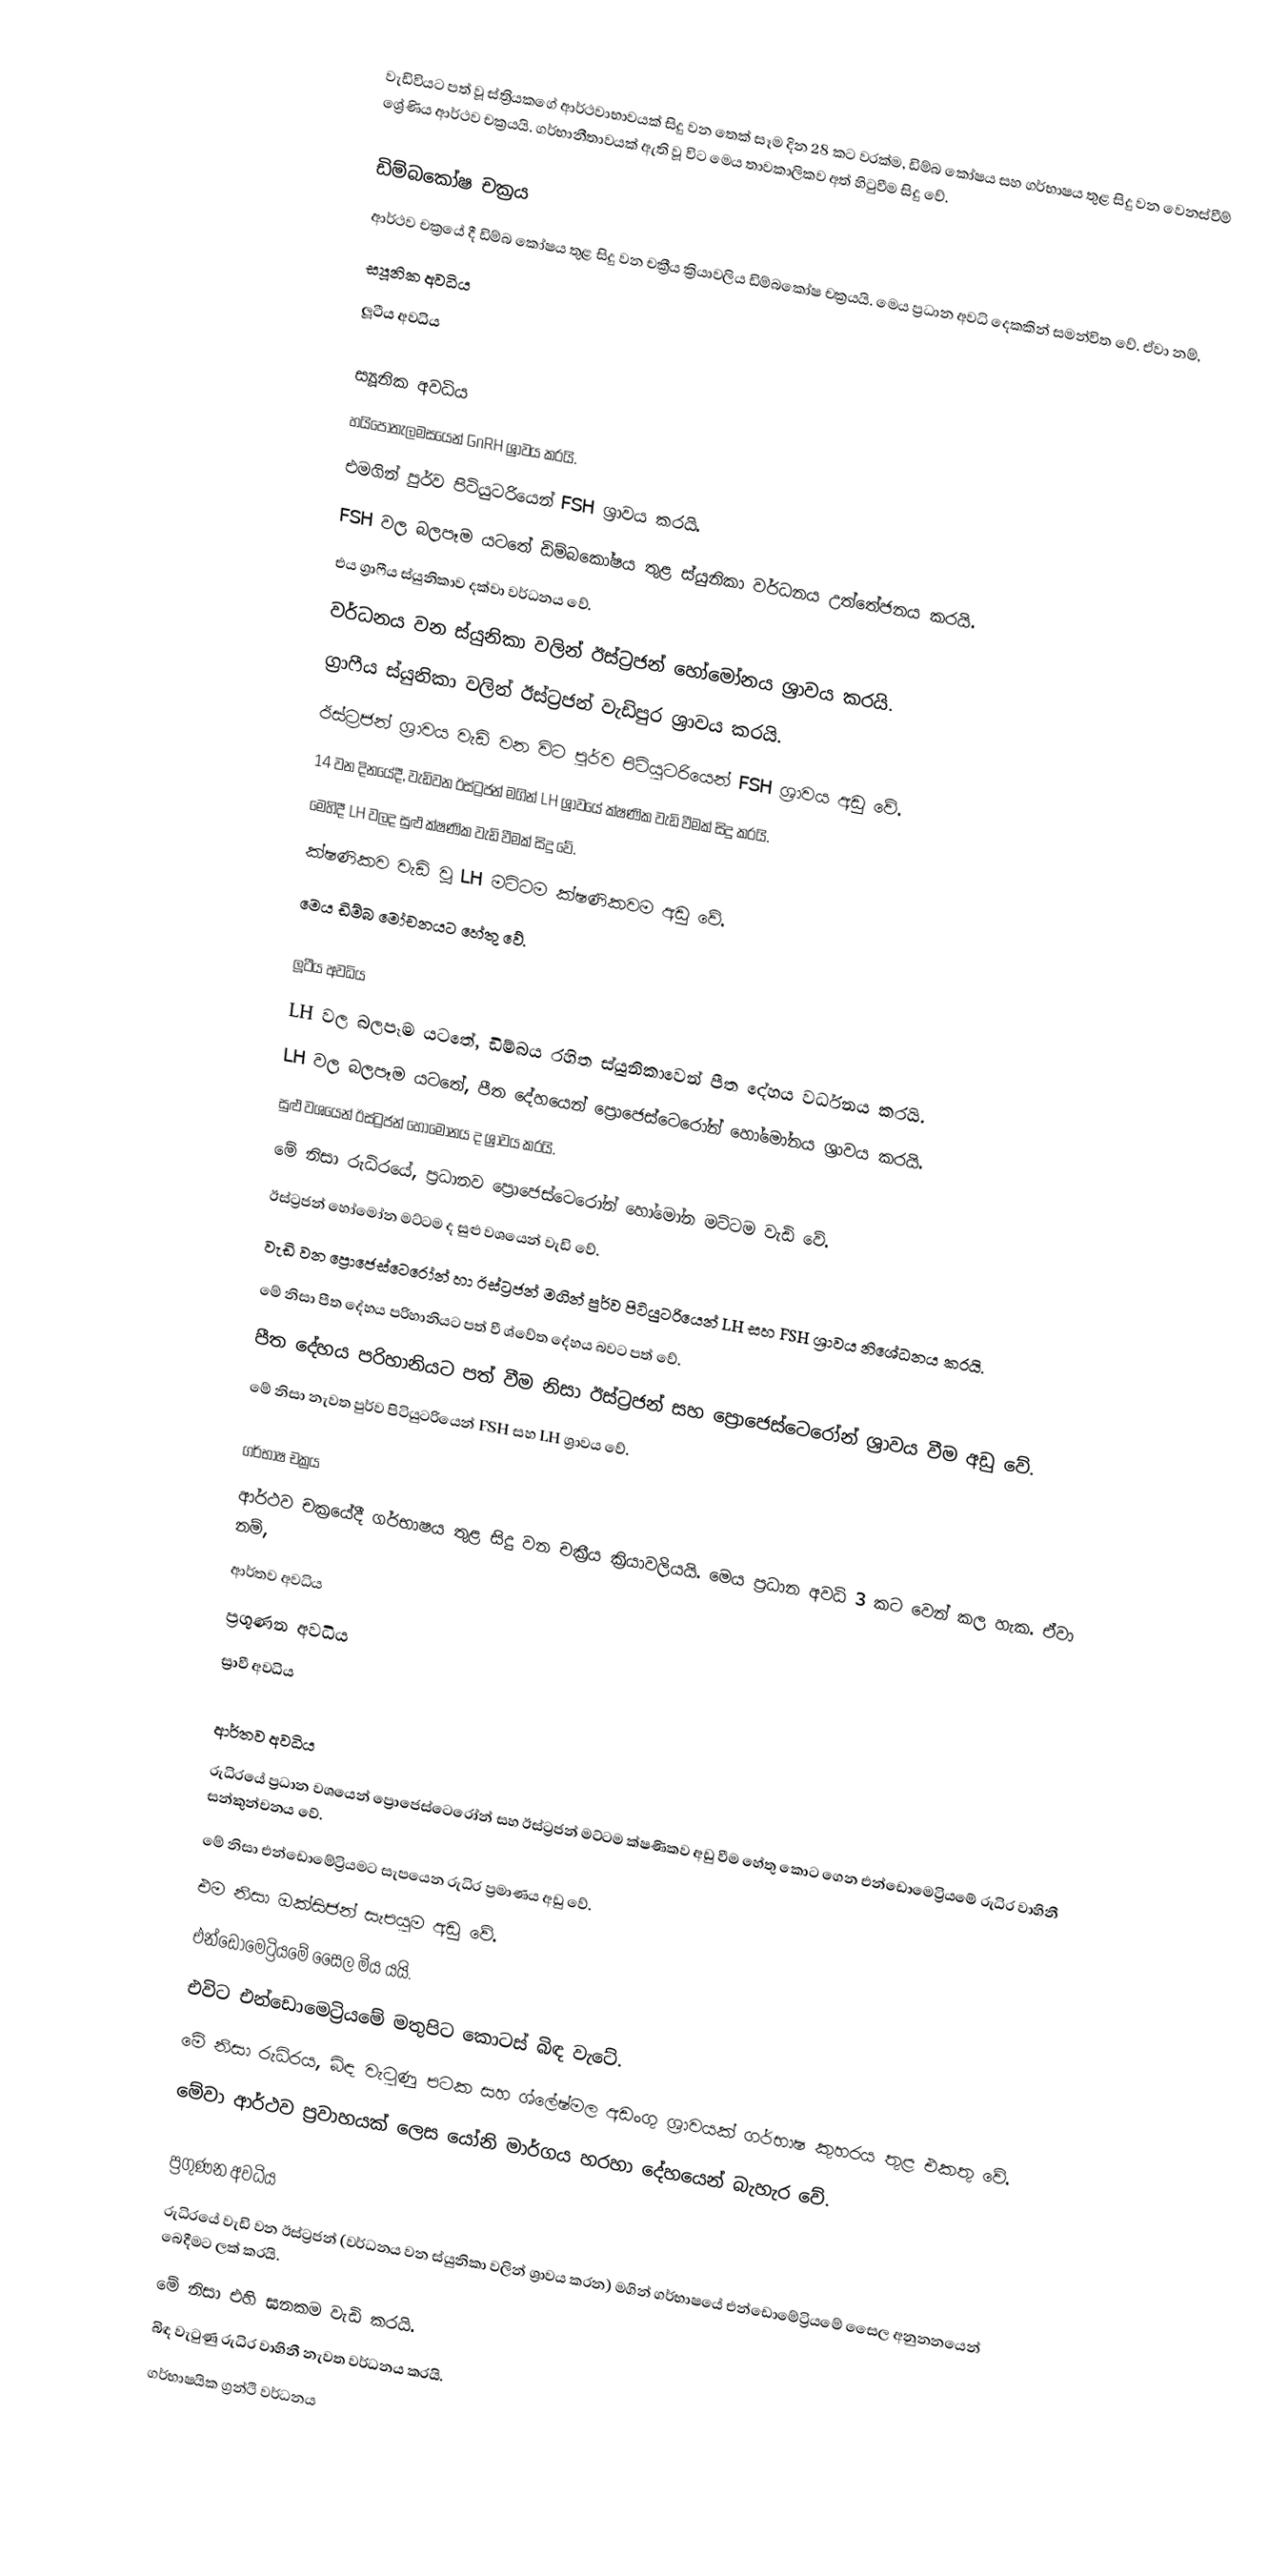
වැඩිවියට පත් වූ ස්ත්‍රියකගේ ආර්ථවාභාවයක් සිදු වන තෙක් සෑම දින 28 කට වරක්ම, ඩිම්බ කෝෂය සහ ගර්භාෂය තුළ සිදු වන වෙනස්වීම් ශ්‍රේණිය ආර්ථව චක්‍රයයි. ගර්භානීතාවයක් ඇති වූ විට මෙය තාවකාලිකව අත් හිටුවීම සිදු වේ.

ඩිම්බකෝෂ චක්‍රය
ආර්ථව චක්‍රයේ දී ඩිම්බ කෝෂය තුළ සිදු වන චක්‍රීය ක්‍රියාවලිය ඩිම්බකෝෂ චක්‍රයයි. මෙය ප්‍රධාන අවධි දෙකකින් සමන්විත වේ. ඒවා නම්,
ස්‍යූනික  අවධිය
ලූටීය අවධිය

ස්‍යූනික අවධිය
හයිපොතැලමසයෙන් GnRH ශ්‍රාවය කරයි.
එමගින් පුර්ව පිටියුටරියෙන් FSH ශ්‍රාවය කරයි.
FSH වල බලපෑම යටතේ ඩිම්බකෝෂය තුළ ස්යුනිකා වර්ධනය උත්තේජනය කරයි.
එය ග්‍රාෆීය ස්යුනිකාව දක්වා වර්ධනය වේ.
වර්ධනය වන ස්යුනිකා වලින් ඊස්ට්‍රජන් හෝමෝනය ශ්‍රාවය කරයි.
ග්‍රාෆීය ස්යුනිකා වලින් ඊස්ට්‍රජන් වැඩිපුර ශ්‍රාවය කරයි.
ඊස්ට්‍රජන් ශ්‍රාවය වැඩි වන විට පුර්ව පිටියුටරියෙන් FSH ශ්‍රාවය අඩු වේ.
14 වන දිනයේදී, වැඩිවන ඊස්ට්‍රජන් මගින් LH ශ්‍රාවයේ ක්ෂණික වැඩි වීමක් සිදු කරයි.
මෙහිදී LH වලද සුළු ක්ෂණික වැඩි වීමක් සිදු වේ.
ක්ෂණිකව වැඩි වූ LH මට්ටම ක්ෂණිකවම අඩු වේ.
මෙය ඩිම්බ මෝචනයට හේතු වේ.

ලූටීය අවධිය
LH වල බලපෑම යටතේ, ඩිම්බය රහිත ස්යුනිකාවෙන් පීත දේහය වර්ධනය කරයි.
LH වල බලපෑම යටතේ, පීත දේහයෙන් ප්‍රොජෙස්ටෙරෝන් හෝමෝනය ශ්‍රාවය කරයි.
සුළු වශයෙන් ඊස්ට්‍රජන් හෝමෝනය ද ශ්‍රාවය කරයි.
මේ නිසා රුධිරයේ, ප්‍රධානව ප්‍රොජෙස්ටෙරෝන් හෝමෝන මට්ටම වැඩි වේ.
ඊස්ට්‍රජන් හෝමෝන මට්ටම ද සුළු වශයෙන් වැඩි වේ.
වැඩි වන ප්‍රොජෙස්ටෙරෝන් හා ඊස්ට්‍රජන් මගින් පුර්ව පිටියුටරියෙන් LH සහ FSH ශ්‍රාවය නිශේධනය කරයි.
මේ නිසා පීත දේහය පරිහානියට පත් වී ශ්වේත දේහය බවට පත් වේ.
පීත දේහය පරිහානියට පත් වීම නිසා ඊස්ට්‍රජන් සහ ප්‍රොජෙස්ටෙරෝන් ශ්‍රාවය වීම අඩු වේ.
මේ නිසා නැවත පුර්ව පිටියුටරියෙන් FSH සහ LH ශ්‍රාවය වේ.

ගර්භාෂ චක්‍රය
ආර්ථව චක්‍රයේදී ගර්භාෂය තුළ සිදු වන චක්‍රීය ක්‍රියාවලියයි.  මෙය ප්‍රධාන අවධි 3 කට වෙන් කල හැක. ඒවා නම්,
ආර්තව අවධිය
ප්‍රගුණන අවධිය
ස්‍රාවී අවධිය

ආර්තව අවධිය
රුධිරයේ ප්‍රධාන වශයෙන් ප්‍රොජෙස්ටෙරෝන් සහ ඊස්ට්‍රජන් මට්ටම ක්ෂණිකව අඩු වීම හේතු කොට ගෙන එන්ඩොමෙට්‍රියමේ රුධිර වාහිනී සන්කුන්චනය වේ.
මේ නිසා එන්ඩොමේට්‍රියමට සැපයෙන රුධිර ප්‍රමාණය අඩු වේ.
එම නිසා ඔක්සිජන් සැපයුම අඩු වේ.
එන්ඩොමෙට්‍රියමේ සෛල මිය යයි.
එවිට එන්ඩොමෙට්‍රියමේ මතුපිට කොටස් බිඳ වැටේ.
මේ නිසා රුධිරය, බිඳ වැටුණු පටක සහ ශ්ලේෂ්මල අඩංගු ශ්‍රාවයක් ගර්භාෂ කුහරය තුළ එකතු වේ.
මේවා ආර්ථව ප්‍රවාහයක් ලෙස යෝනි මාර්ගය හරහා දේහයෙන් බැහැර වේ.

ප්‍රගුණන අවධිය
රුධිරයේ වැඩි වන ඊස්ට්‍රජන් (වර්ධනය වන ස්යුනිකා වලින් ශ්‍රාවය කරන) මගින් ගර්භාෂයේ එන්ඩොමේට්‍රියමේ සෛල අනුනනයෙන් බෙදීමට ලක් කරයි.
මේ නිසා එහි ඝනකම වැඩි කරයි.
බිඳ වැටුණු රුධිර වාහිනී නැවත වර්ධනය කරයි.
ගර්භාෂයික ග්‍රන්ථි වර්ධනය